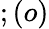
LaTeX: ;(o)